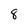
Character: 8